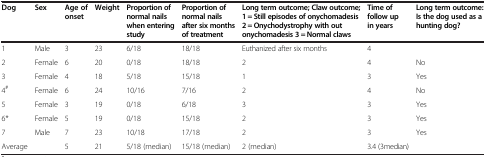
| Dog | Sex | Age of onset | Weight | Proportion of normal nails when entering study | Proportion of normal nails after six months of treatment | Long term outcome; Claw outcome; 1 = Still episodes of onychomadesis 2 = Onychodystrophy with out onychomadesis 3 = Normal claws | Time of follow up in years | Long term outcome: Is the dog used as a hunting dog? |
 | --- | --- | --- | --- | --- | --- | --- | --- | --- |
 | 1 | Male | 3 | 23 | 6/18 | 18/18 | Euthanized after six months | 4 |  |
 | 2 | Female | 6 | 20 | 0/18 | 18/18 | 2 | 4 | No |
 | 3 | Female | 4 | 18 | 5/18 | 15/18 | 1 | 3 | Yes |
 | 4# | Female | 6 | 24 | 10/16 | 7/16 | 2 | 4 | No |
 | 5 | Female | 3 | 19 | 0/18 | 6/18 | 3 | 3 | Yes |
 | 6* | Female | 5 | 19 | 0/18 | 15/18 | 2 | 3 | Yes |
 | 7 | Male | 7 | 23 | 10/18 | 17/18 | 2 | 3 | Yes |
 | Average |  | 5 | 21 | 5/18 (median) | 15/18 (median) | 2 (median) | 3.4 (3median) |  |